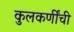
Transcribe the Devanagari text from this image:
कुलकर्णींची